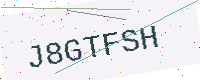
Text: J8GTFSH